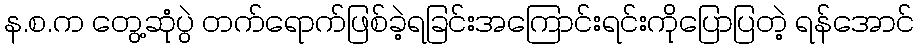
န.စ.က တွေ့ဆုံပွဲ တက်ရောက်ဖြစ်ခဲ့ရခြင်းအကြောင်းရင်းကိုပြောပြတဲ့ ရန်အောင်